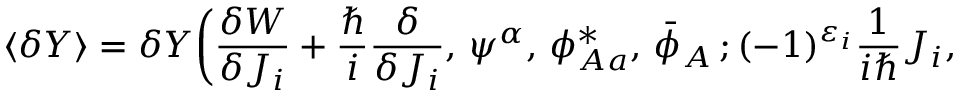
\langle \delta Y \rangle = \delta Y \bigg ( \frac { \delta { \cal W } } { \delta { \cal J } _ { i } } + \frac { \hbar } { i } \frac { \delta } { \delta { \cal J } _ { i } } , \, \psi ^ { \alpha } , \, \phi _ { A a } ^ { * } , \, \bar { \phi } _ { A } \, ; ( - 1 ) ^ { \varepsilon _ { i } } \frac { 1 } { i \hbar } { \cal J } _ { i } , \,